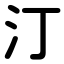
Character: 汀